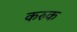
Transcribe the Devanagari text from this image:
करुक